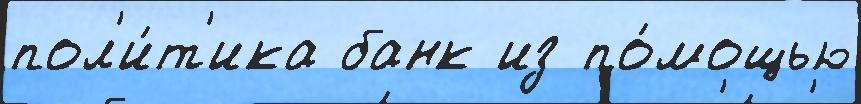
пол'и́т'ика банк из по́мощью